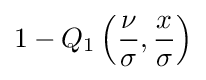
1-Q_{1}\left({\frac {\nu }{\sigma }},{\frac {x}{\sigma }}\right)